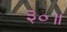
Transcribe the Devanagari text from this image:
३०॥